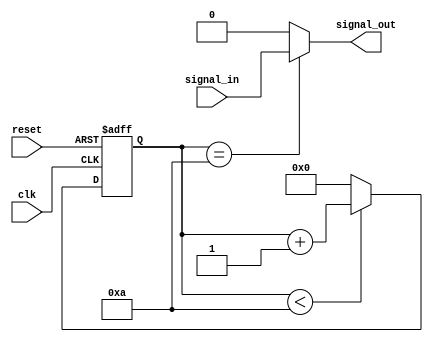
module rc_delay (
    input wire clk,
    input wire reset,
    input wire signal_in,
    output wire signal_out
);

// Define RC delay parameters
parameter resistor_value = 100; // Set resistor value in ohms
parameter capacitor_value = 0.001; // Set capacitor value in farads
parameter delay_cycles = 10; // Set number of cycles to introduce delay

reg [31:0] delay_counter; // Counter to control delay

// RC delay block
always @(posedge clk or posedge reset) begin
    if (reset) begin
        delay_counter <= 0;
    end else begin
        if (delay_counter < delay_cycles) begin
            delay_counter <= delay_counter + 1;
        end else begin
            delay_counter <= 0;
        end
    end
end

assign signal_out = (delay_counter == delay_cycles) ? signal_in : 1'b0;

endmodule